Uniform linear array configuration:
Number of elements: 64
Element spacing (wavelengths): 0.5
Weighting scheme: cosine
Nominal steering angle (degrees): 0
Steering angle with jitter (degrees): -0.2534
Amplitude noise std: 0.05
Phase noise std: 0.05

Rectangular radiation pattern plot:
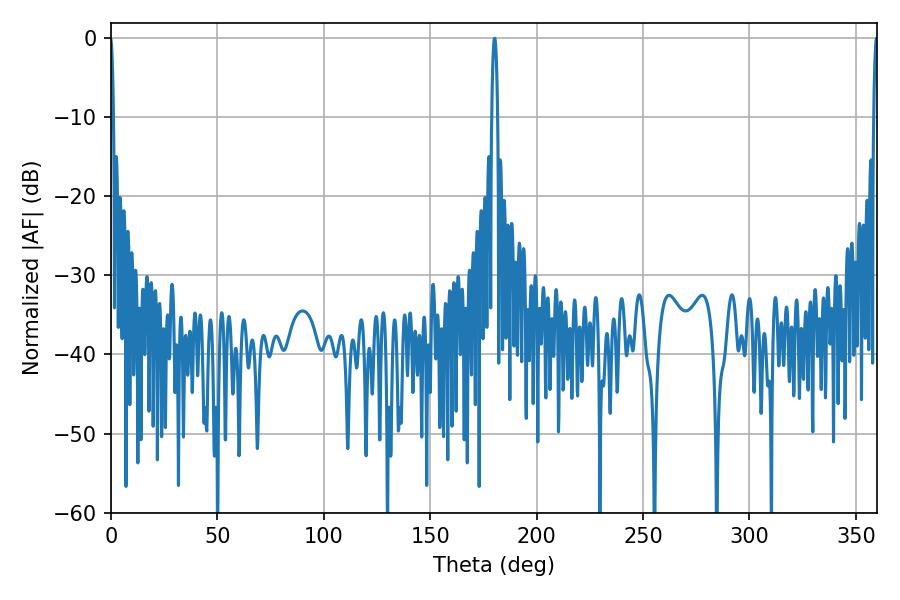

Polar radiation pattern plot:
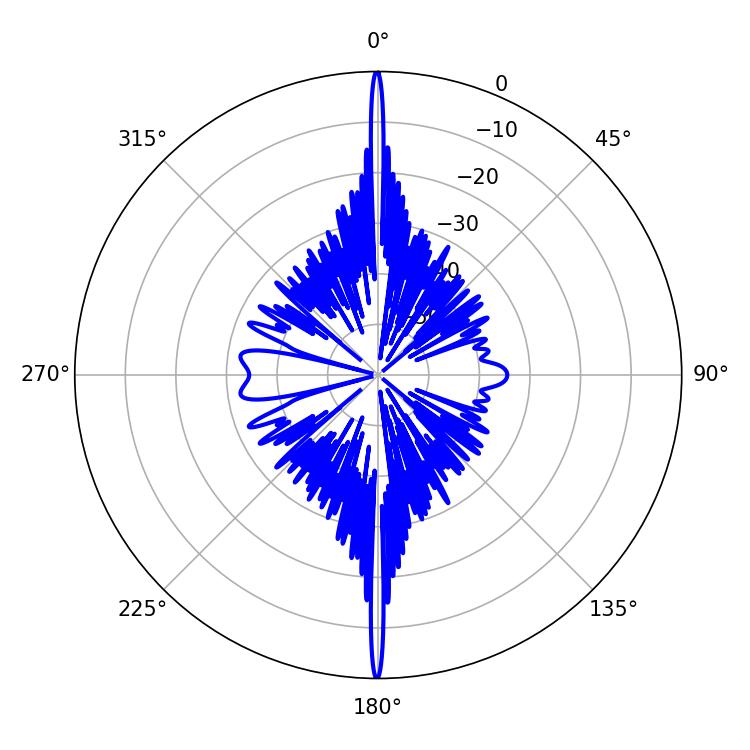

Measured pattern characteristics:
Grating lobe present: FALSE
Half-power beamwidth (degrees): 1.62
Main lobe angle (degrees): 180.18